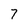
Character: 7